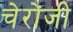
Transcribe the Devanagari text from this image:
चेरोंजी